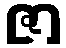
ဇာ